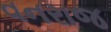
વનરાજ